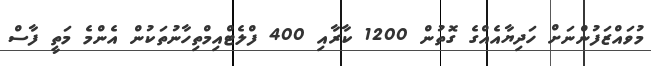
މުވައްޒަފުންނަށް ހަދިޔާއެއްގެ ގޮތުން 1200 ކާރާއި 400 ފްލެޓްއިމްތިހާނުތަކުން އެންމެ މަތީ ފާސް